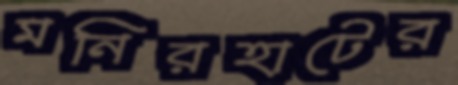
মনিরহাটের